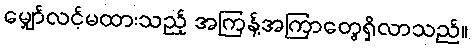
မျှော်လင့်မထားသည့် အကြန့်အကြာတွေရှိလာသည်။